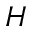
H